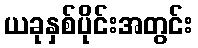
ယခုနှစ်ပိုင်းအတွင်း